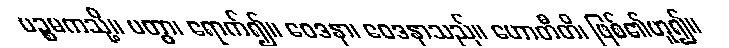
ပဉ္စမကသို့။ ပတွာ၊ ရောက်၍။ ဝေဒနာ၊ ဝေဒနာသည်။ ဟောတီတိ၊ ဖြစ်၏ဟူ၍။